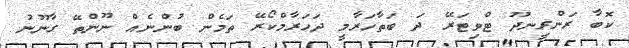
ކޮބާ ރަންރީނދޫ ޓްވިޓަރޭ ދަ ބަތާހަރާމީ ދަހަރާމްކޯރޭ ތަމެން ބުންނެއް ނޫންތޭ ގާނޫނު